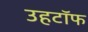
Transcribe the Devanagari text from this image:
उहटॉफ